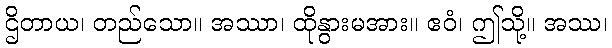
ဌိတာယ၊ တည်သော။ အဿာ၊ ထိုနွားမအား။ ဧဝံ၊ ဤသို့။ အဿ၊